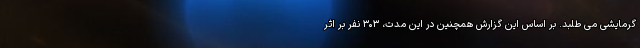
گرمایشی می طلبد. بر اساس این گزارش همچنین در این مدت، ۳۰۳ نفر بر اثر